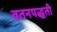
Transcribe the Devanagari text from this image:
वतनपद्धती